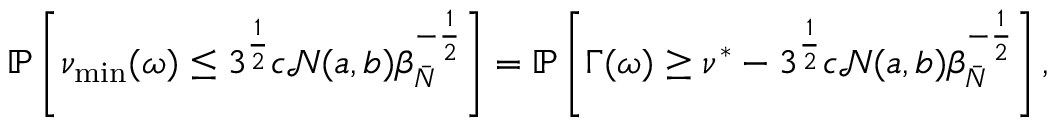
\begin{array} { r l } & { \mathbb { P } \left[ \nu _ { \operatorname* { m i n } } ( \omega ) \leq 3 ^ { \frac { 1 } { 2 } } c \mathcal { N } ( a , b ) \beta _ { \bar { N } } ^ { - \frac { 1 } { 2 } } \right] = \mathbb { P } \left[ \Gamma ( \omega ) \geq \nu ^ { * } - 3 ^ { \frac { 1 } { 2 } } c \mathcal { N } ( a , b ) \beta _ { \bar { N } } ^ { - \frac { 1 } { 2 } } \right] , } \end{array}